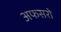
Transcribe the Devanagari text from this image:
अफसरो